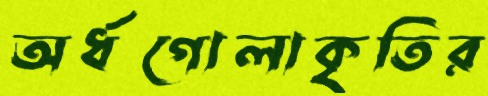
অর্ধগোলাকৃতির